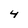
Character: 4